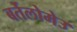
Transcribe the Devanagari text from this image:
बर्तेलोमेउ